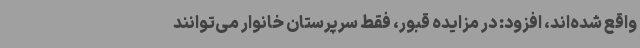
واقع شده‌اند، افزود: در مزایده قبور، فقط سرپرستان خانوار می‌توانند